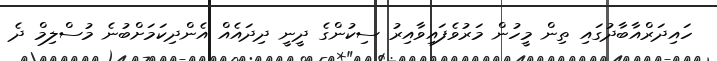
ހައިދަރްއާބާދުގައި ތިން މީހުން މަރުވެފައިވާއިރު ސިކުންގެ ދީނީ ދިދައެއް އެންދިކަމަށްބުނެ މުސްލިމް ދެ